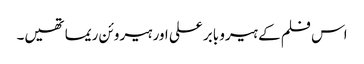
اس فلم کے ہیرو بابر علی اور ہیروئن ریما تھیں۔